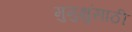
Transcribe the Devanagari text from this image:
मुमुक्षुंसाठी